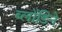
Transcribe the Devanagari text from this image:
ब्लोंडिने